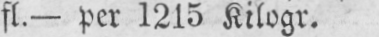
fl. - per 1215 Kilogr.